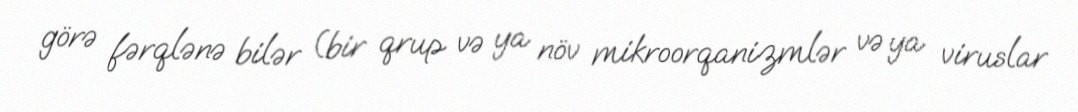
görə fərqlənə bilər (bir qrup və ya növ mikroorqanizmlər və ya viruslar